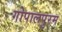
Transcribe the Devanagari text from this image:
गोपालपुरम